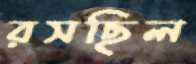
রসছিল